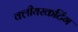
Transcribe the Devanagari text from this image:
क्लीयरकटिंग